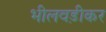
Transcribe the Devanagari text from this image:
भीलवड़ीकर